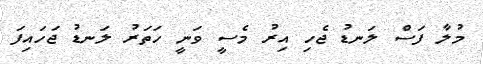
މުލާ ފަސް ލަނޑު ޖެހި އިރު މެސީ ވަނީ ހަތަރު ލަނޑު ޖަހައިފަ